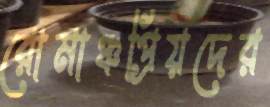
রোমাঞ্চপ্রিয়দের